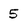
Character: 5